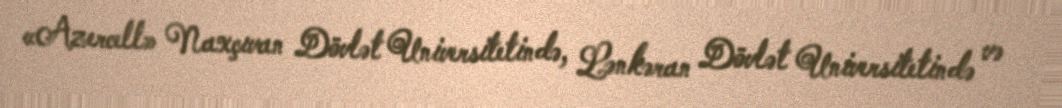
«Azercell» Naxçıvan Dövlət Universitetində, Lənkəran Dövlət Universitetində və